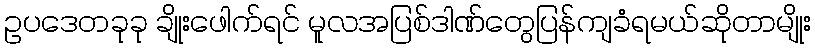
ဥပဒေတခုခု ချိုးဖေါက်ရင် မူလအပြစ်ဒါဏ်တွေပြန်ကျခံရမယ်ဆိုတာမျိုး